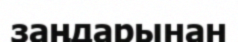
заңдарынан